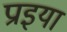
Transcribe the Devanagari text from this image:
प्राइया